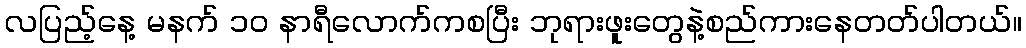
လပြည့်နေ့ မနက် ၁၀ နာရီလောက်ကစပြီး ဘုရားဖူးတွေနဲ့စည်ကားနေတတ်ပါတယ်။